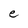
Character: e